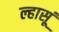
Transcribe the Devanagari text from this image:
ल्हासूं